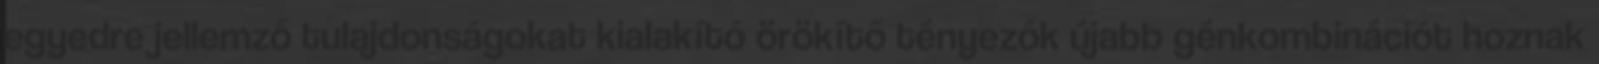
egyedre jellemző tulajdonságokat kialakító örökítő tényezők újabb génkombinációt hoznak